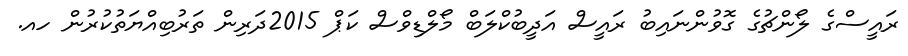
ރައީސްގެ ލޯންޗުގެ ގޮވުންނައިބު ރައީސް އަދީބުކްލަބް މޯލްޑިވްސް ކަޕް 2015ދަރިން ތަރުބިއްޔަތުކުރުން ހއ.